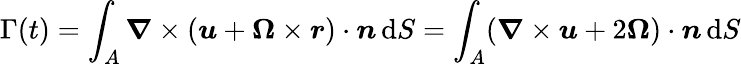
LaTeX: \Gamma(t)=\int_{A}{\boldsymbol{\nabla}}\times({\boldsymbol{u}}+{\boldsymbol{\Omega}}\times{\boldsymbol{r}})\cdot{\boldsymbol{n}}\, \mathrm{d}S=\int_{A}({\boldsymbol{\nabla}}\times{\boldsymbol{u}}+2{\boldsymbol{\Omega}})\cdot{\boldsymbol{n}}\, \mathrm{d}S